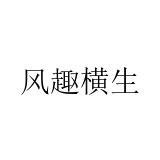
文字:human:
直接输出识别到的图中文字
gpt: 风趣横生